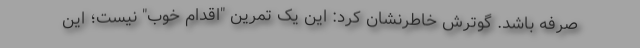
صرفه باشد. گوترش خاطرنشان کرد: این یک تمرین "اقدام خوب" نیست؛ این